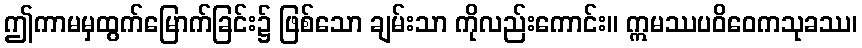
ဤကာမမှထွက်မြောက်ခြင်း၌ ဖြစ်သော ချမ်းသာ ကိုလည်းကောင်း။ ဣမဿပဝိဝေကသုခဿ၊